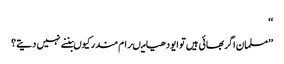
‘‘
’’مسلمان اگر بھائی ہیں تو ایودھیا میںرام مندر کیوںبننے نہیں دیتے؟